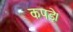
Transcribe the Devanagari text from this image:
कपड़े।